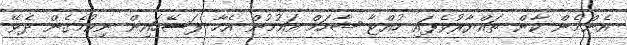
އެންމެން ކާން ތައްޔާރުވެފައި ހުއްޓާ ޝާހަމް އައުމުން އެހާ ފަސޭހައިން ނިކުމެގެން ދެވޭ